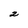
Character: 2